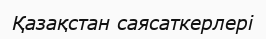
Қазақстан саясаткерлері